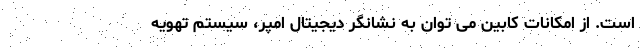
است. از امکانات کابین می توان به نشانگر دیجیتال امپر، سیستم تهویه